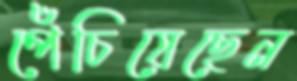
পেঁচিয়েছেন